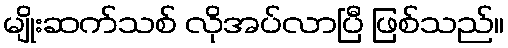
မျိုးဆက်သစ် လိုအပ်လာပြီ ဖြစ်သည်။